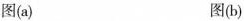
图(a) 图(b)